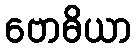
ဗောဓိယာ